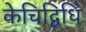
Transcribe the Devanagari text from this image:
केचिद्विधिं